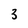
Character: 3